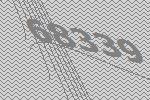
68339